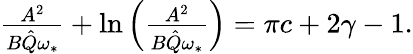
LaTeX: \begin{array}{r}{\frac{A^{2}}{B\hat{Q}\omega_{*}}+\ln\left(\frac{A^{2}}{B\hat{Q}\omega_{*}}\right)=\pi c+2\gamma-1.}\end{array}